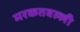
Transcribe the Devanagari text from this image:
मरकतवल्ली